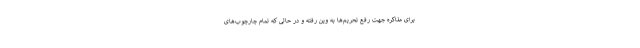
برای مذاکره جهت رفع تحریم‌ها به وین رفته و در حالی که تمام چارچوب‌های